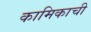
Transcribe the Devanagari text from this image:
कामिकाची